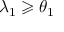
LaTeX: \lambda _ { 1 } \geqslant \theta _ { 1 }